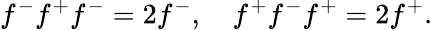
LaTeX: f^{-}f^{+}f^{-}=2f^{-},\quad f^{+}f^{-}f^{+}=2f^{+}.